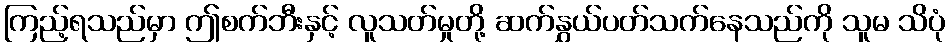
ကြည့်ရသည်မှာ ဤစက်ဘီးနှင့် လူသတ်မှုတို့ ဆက်နွှယ်ပတ်သက်နေသည်ကို သူမ သိပုံ